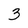
Character: 3